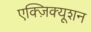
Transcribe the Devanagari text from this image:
एक्ज़िक्यूशन